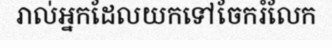
រាល់អ្នកដែលយកទៅចែករំលែក